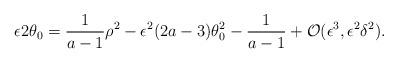
LaTeX: \begin{align*} \epsilon2\theta_{0} = \frac{1}{a-1}\rho^{2} - \epsilon^{2}(2a-3)\theta_{0}^{2} -\frac{1}{a-1} + \mathcal{O}(\epsilon^3,\epsilon^{2}\delta^{2}).\end{align*}